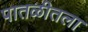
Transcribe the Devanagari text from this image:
पातळीतला